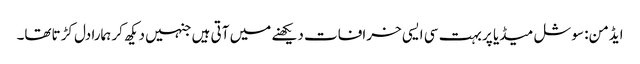
ایڈمن: سوشل میڈیا پر بہت سی ایسی خرافات دیکھنے میں آتی ہیں جنہیں دیکھ کر ہمارا دل کڑتاتھا۔